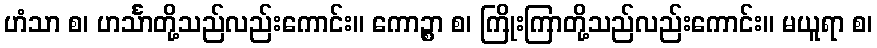
ဟံသာ စ၊ ဟင်္သာတို့သည်လည်းကောင်း။ ကောဉ္စာ စ၊ ကြိုးကြာတို့သည်လည်းကောင်း။ မယူရာ စ၊